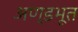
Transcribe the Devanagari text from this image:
अण्डभूत